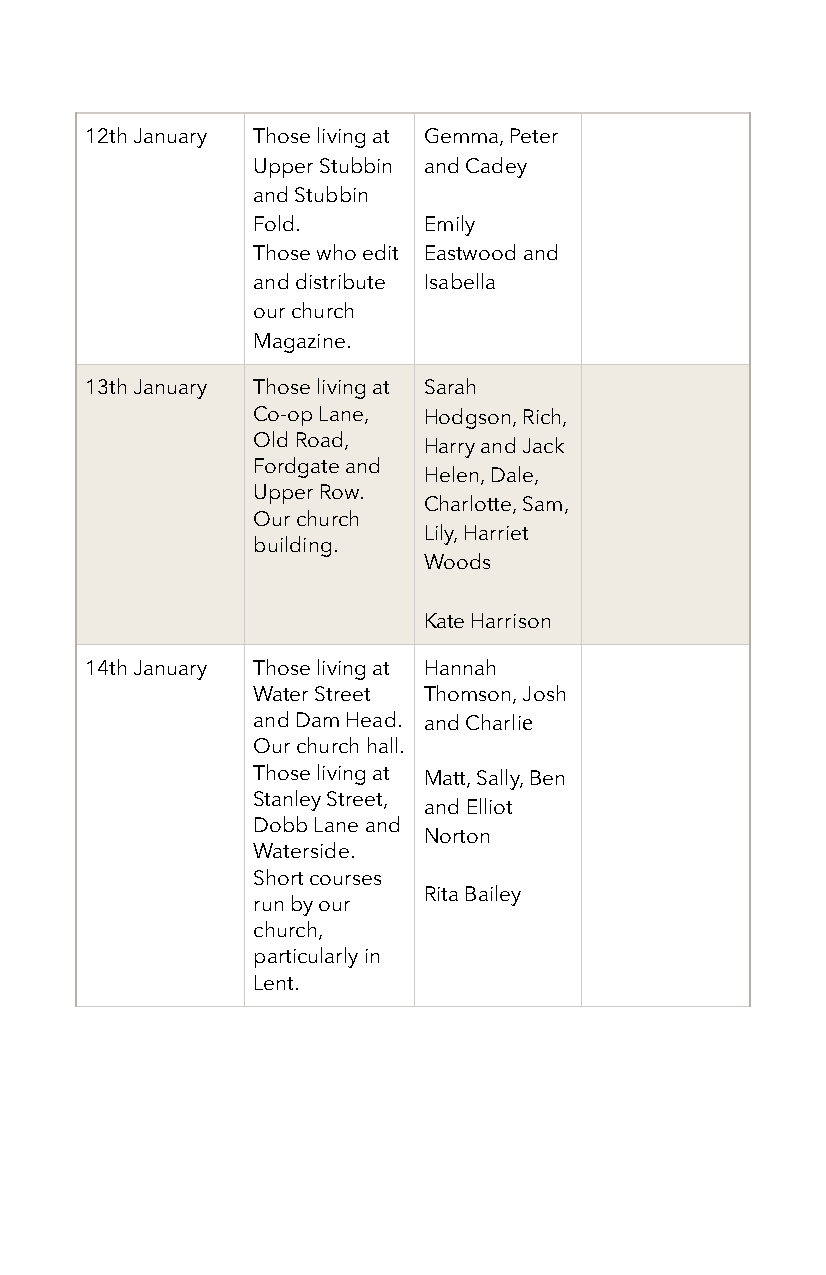
12th January Those living at Gemma, Peter
 Upper Stubbin and Cadey
 and Stubbin
 Fold.      Emily
 Those who edit Eastwood and
 and distribute Isabella
 our church
 Magazine.
 13th January Those living at Sarah
 Co-op Lane, Hodgson, Rich,
 Old Road,  Harry and Jack
 Fordgate and
 Helen, Dale,
 Upper Row.
 Charlotte, Sam,
 Our church
 Lily, Harriet
 building.
 Woods
 Kate Harrison
 14th January Those living at Hannah
 Water Street Thomson, Josh
 and Dam Head. and Charlie
 Our church hall.
 Those living at Matt, Sally, Ben
 Stanley Street,
 and Elliot
 Dobb Lane and
 Norton
 Waterside.
 Short courses
 Rita Bailey
 run by our
 church,
 particularly in
 Lent.